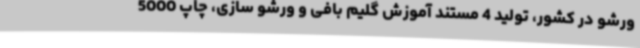
ورشو در کشور، تولید 4 مستند آموزش گلیم بافی و ورشو سازی، چاپ 5000